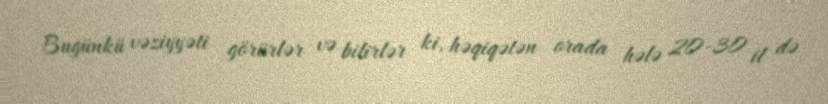
Bugünkü vəziyyəti görürlər və bilirlər ki, həqiqətən orada hələ 20-30 il də